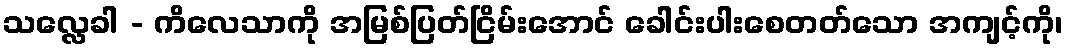
သလ္လေခါ - ကိလေသာကို အမြစ်ပြတ်ငြိမ်းအောင် ခေါင်းပါးစေတတ်သော အကျင့်ကို၊